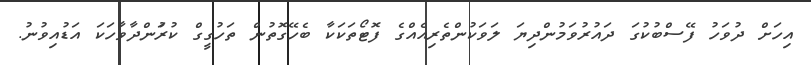
އިހަށް ދުވަހު ފޭސްބުކުގަ ދައުރުވަމުންދިޔަ ލަވަކުންތެރިއެއްގެ ފޮޓޯތަކަކާ ބެހޭގޮތުން ތަހުގީގް ކުރަުންދާވާހަކަ އަޑުއިވުނު.